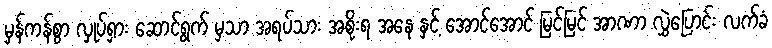
မှန်ကန်စွာ လှုပ်ရှား ဆောင်ရွက် မှသာ အရပ်သား အစိုးရ အနေ နှင့် အောင်အောင် မြင်မြင် အာဏာ လွှဲပြောင်း လက်ခံ